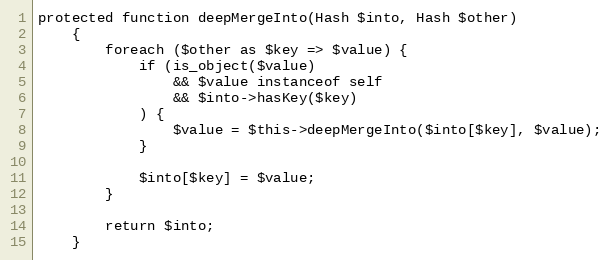
Language: PHP
protected function deepMergeInto(Hash $into, Hash $other)
    {
        foreach ($other as $key => $value) {
            if (is_object($value)
                && $value instanceof self
                && $into->hasKey($key)
            ) {
                $value = $this->deepMergeInto($into[$key], $value);
            }

            $into[$key] = $value;
        }

        return $into;
    }